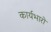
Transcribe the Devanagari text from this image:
कार्यभारों